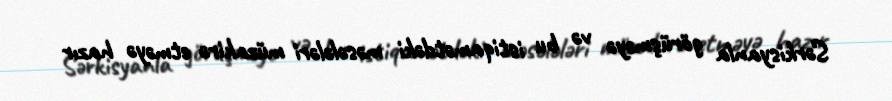
Sərkisyanla görüşməyə və bu istiqamətdəki məsələləri müzakirə etməyə hazır